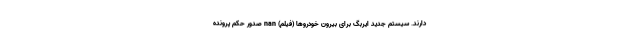
دارند. سیستم جدید ایربگ برای بیرون خودروها (فیلم) nan صدور حکم پرونده